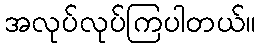
အလုပ်လုပ်ကြပါတယ်။